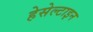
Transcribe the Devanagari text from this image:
हेसेल्टाइन